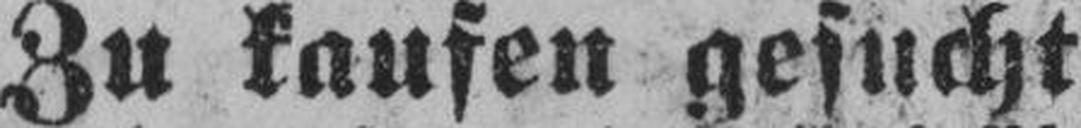
Zu kaufen gesucht